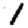
Digit: 1